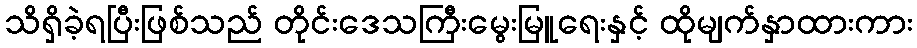
သိရှိခဲ့ရပြီးဖြစ်သည် တိုင်းဒေသကြီးမွေးမြူရေးနှင့် ထိုမျက်နှာထားကား